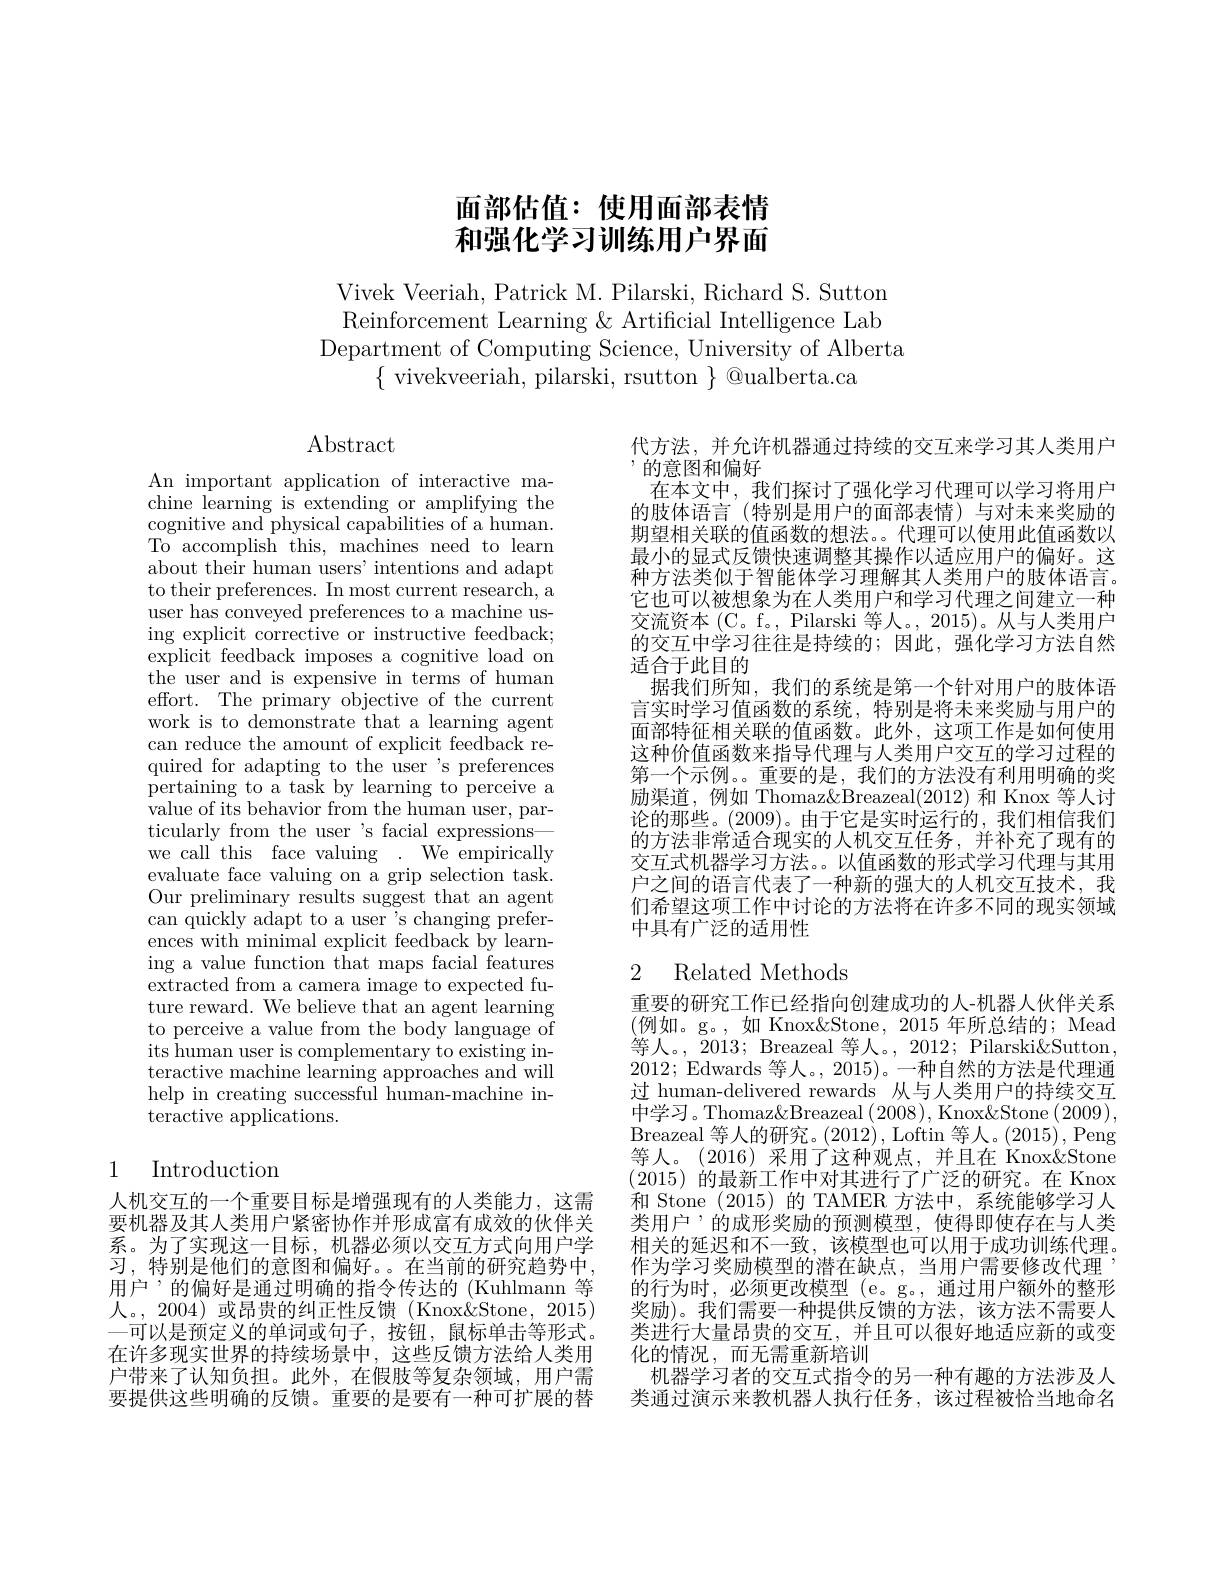
# 面部估值：使用面部表情和强化学习训练用户界面

Vivek Veeriah, Patrick M. Pilarski, Richard S. Sutton Reinforcement Learning & Artificial Intelligence Lab
Department of Computing Science, University of Alberta
$\{$ vivekveeriah, pilarski, rsutton $\}$ @ualberta.ca

Abstract

An important application of interactive machine learning is extending or amplifying the cognitive and physical capabilities of a human. To accomplish this, machines need to learn about their human users' intentions and adapt to their preferences. In most current research, a user has conveyed preferences to a machine using explicit corrective or instructive feedback; explicit feedback imposes a cognitive load on the user and is expensive in terms of human effort. The primary objective of the current work is to demonstrate that a learning agent can reduce the amount of explicit feedback required for adapting to the user's preferences pertaining to a task by learning to perceive a value of its behavior from the human user, particularly from the user 's facial expressions— we call this face valuing . We empirically evaluate face valuing on a grip selection task. Our preliminary results suggest that an agent can quickly adapt to a user 's changing preferences with minimal explicit feedback by learning a value function that maps facial features extracted from a camera image to expected future reward. We believe that an agent learning to perceive a value from the body language of its human user is complementary to existing interactive machine learning approaches and will help in creating successful human-machine interactive applications.

# 1 Introduction

人机交互的一个重要目标是增强现有的人类能力，这需要机器及其人类用户紧密协作并形成富有成效的伙伴关系。为了实现这一目标，机器必须以交互方式向用户学习，特别是他们的意图和偏好。。在当前的研究趋势中， 用户’的偏好是通过明确的指令传达的(Kuhlmann 等人。, 2004) 或昂贵的纠正性反馈 (Knox&Stone, 2015) —可以是预定义的单词或句子，按钮，鼠标单击等形式。在许多现实世界的持续场景中，这些反馈方法给人类用户带来了认知负担。此外，在假肢等复杂领域，用户需要提供这些明确的反馈。重要的是要有一种可扩展的替

代方法，并允许机器通过持续的交互来学习其人类用户
,的意图和偏好
在本文中，我们探讨了强化学习代理可以学习将用户的肢体语言 (特别是用户的面部表情)与对未来奖励的期望相关联的值函数的想法。。代理可以使用此值函数以最小的显式反馈快速调整其操作以适应用户的偏好。这种方法类似于智能体学习理解其人类用户的肢体语言。它也可以被想象为在人类用户和学习代理之间建立一种交流资本(C。f。, Pilarski 等人。, 2015)。从与人类用户的交互中学习往往是持续的；因此，强化学习方法自然适合于此目的
据我们所知，我们的系统是第一个针对用户的肢体语言实时学习值函数的系统，特别是将未来奖励与用户的面部特征相关联的值函数。此外，这项工作是如何使用这种价值函数来指导代理与人类用户交互的学习过程的第一个示例。重要的是，我们的方法没有利用明确的奖励渠道，例如 Thomaz&Breazeal(2012) 和 Knox 等人讨论的那些。(2009)。由于它是实时运行的，我们相信我们的方法非常适合现实的人机交互任务，并补充了现有的交互式机器学习方法。。以值函数的形式学习代理与其用户之间的语言代表了一种新的强大的人机交互技术，我们希望这项工作中讨论的方法将在许多不同的现实领域中具有广泛的适用性

## 2 Related Methods

重要的研究工作已经指向创建成功的人-机器人伙伴关系(例如。g。,如 Knox&Stone, 2015 年所总结的；Mead 等人。,2013; Breazeal 等人。, 2012; Pilarski&Sutton, 2012;Edwards 等人。, 2015)。一种自然的方法是代理通过 human-delivered rewards 从与人类用户的持续交互中学习。Thomaz&Breazeal (2008), Knox&Stone (2009), Breazeal 等人的研究。(2012), Loftin 等人。(2015), Peng 等人。(2016)采用了这种观点，并且在 Knox&Stone (2015)的最新工作中对其进行了广泛的研究。在 Knox 和 Stone (2015)的 TAMER 方法中，系统能够学习人类用户’的成形奖励的预测模型，使得即使存在与人类相关的延迟和不一致，该模型也可以用于成功训练代理。作为学习奖励模型的潜在缺点，当用户需要修改代理的行为时，必须更改模型(e。g。,通过用户额外的整形奖励)。我们需要一种提供反馈的方法，该方法不需要人类进行大量昂贵的交互，并且可以很好地适应新的或变化的情况，而无需重新培训
机器学习者的交互式指令的另一种有趣的方法涉及人类通过演示来教机器人执行任务，该过程被恰当地命名